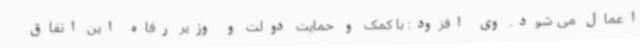
اعمال می شود. وی افزود: با کمک و حمایت دولت و وزیر رفاه این اتفاق